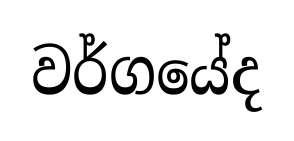
වර්ගයේද